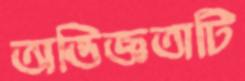
অভিজ্ঞতাটি